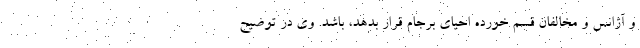
و آژانس و مخالفان قسم خورده احیای برجام قرار بدهد، باشد. وی در توضیح